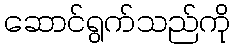
ဆောင်ရွက်သည်ကို